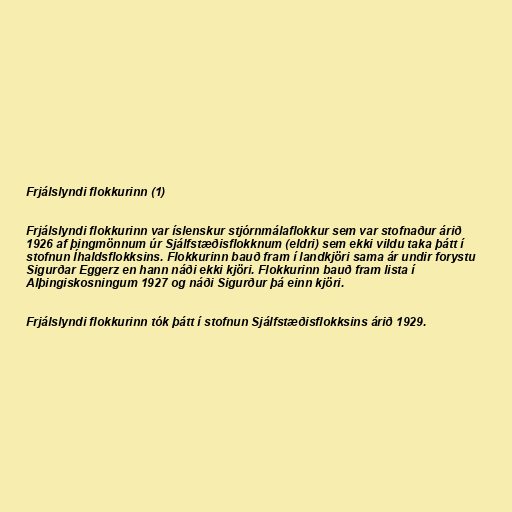
Frjálslyndi flokkurinn (1)

Frjálslyndi flokkurinn var íslenskur stjórnmálaflokkur sem var stofnaður árið
1926 af þingmönnum úr Sjálfstæðisflokknum (eldri) sem ekki vildu taka þátt í
stofnun Íhaldsflokksins. Flokkurinn bauð fram í landkjöri sama ár undir forystu
Sigurðar Eggerz en hann náði ekki kjöri. Flokkurinn bauð fram lista í
Alþingiskosningum 1927 og náði Sigurður þá einn kjöri.

Frjálslyndi flokkurinn tók þátt í stofnun Sjálfstæðisflokksins árið 1929.